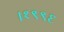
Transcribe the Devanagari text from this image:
।१९९६